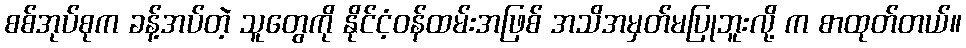
စစ်အုပ်စုက ခန့်အပ်တဲ့ သူတွေကို နိုင်ငံ့ဝန်ထမ်းအဖြစ် အသိအမှတ်မပြုဘူးလို့ က စာထုတ်တယ်။